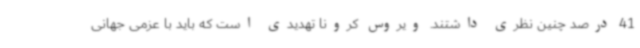
41 درصد چنین نظری داشتند. ویروس کرونا تهدیدی است که باید با عزمی جهانی